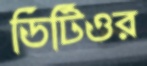
ডিটিওর